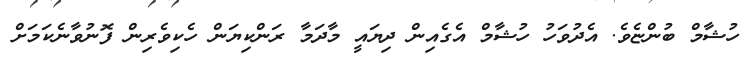
ހުޝާމް ބުންޏެވެ. އެދުވަހު ހުޝާމް އެގެއިން ދިޔައީ މާދަމާ ރަންކިޔަން ހެކިވެރިން ފޮނުވާނެކަމަށް